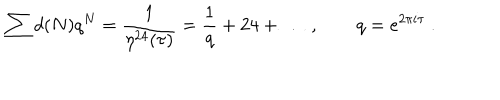
\sum d ( N ) q ^ { N } = \frac { 1 } { \eta ^ { 2 4 } ( \tau ) } = \frac { 1 } { q } + 2 4 + \dots \ , \qquad q = e ^ { 2 \pi i \tau } \ .